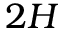
2 H